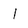
Character: l